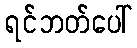
ရင်ဘတ်ပေါ်